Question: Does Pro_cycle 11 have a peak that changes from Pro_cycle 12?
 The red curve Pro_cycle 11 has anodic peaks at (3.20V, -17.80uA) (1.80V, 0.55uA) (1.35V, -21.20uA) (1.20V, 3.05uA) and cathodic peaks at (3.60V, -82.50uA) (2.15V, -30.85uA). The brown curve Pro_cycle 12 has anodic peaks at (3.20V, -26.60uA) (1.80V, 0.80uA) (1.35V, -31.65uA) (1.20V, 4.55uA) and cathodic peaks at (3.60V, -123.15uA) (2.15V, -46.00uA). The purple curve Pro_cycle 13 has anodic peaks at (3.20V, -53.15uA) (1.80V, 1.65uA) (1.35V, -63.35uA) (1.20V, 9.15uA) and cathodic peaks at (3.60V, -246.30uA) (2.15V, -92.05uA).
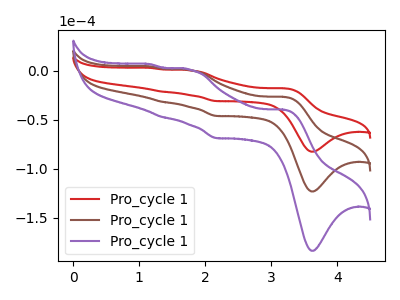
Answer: <think>All the peaks in "Pro_cycle 11" have a peak in "Pro_cycle 12" at the same potential.
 </think>
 <answer>No, "Pro_cycle 11" and "Pro_cycle 12" don't appear to be significantly different in shape</answer>
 <eval>no_change</eval>